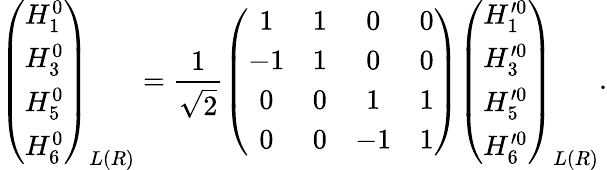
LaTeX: \left(\begin{array}{c}{{H_{1}^{0}}}\\ {{H_{3}^{0}}}\\ {{H_{5}^{0}}}\\ {{H_{6}^{0}}}\end{array}\right)_{L(R)}=\frac{1}{\sqrt{2}}\left(\begin{array}{cccc}{{1}}&{{1}}&{{0}}&{{0}}\\ {{-1}}&{{1}}&{{0}}&{{0}}\\ {{0}}&{{0}}&{{1}}&{{1}}\\ {{0}}&{{0}}&{{-1}}&{{1}}\end{array}\right)\left(\begin{array}{c}{{H_{1}^{\prime 0}}}\\ {{H_{3}^{\prime 0}}}\\ {{H_{5}^{\prime 0}}}\\ {{H_{6}^{\prime 0}}}\end{array}\right)_{L(R)}.